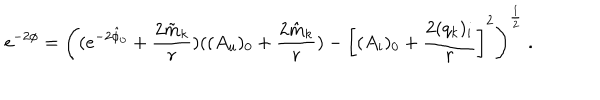
LaTeX: e ^ { - 2 \phi } = \left( ( e ^ { - 2 \hat { \phi } _ { 0 } } + { \frac { 2 \tilde { m } _ { k } } { r } } ) ( ( A _ { u } ) _ { 0 } + { \frac { 2 \hat { m } _ { k } } { r } } ) - \left[ ( A _ { i } ) _ { 0 } + { \frac { 2 ( q _ { k } ) _ { i } } { r } } \right] ^ { 2 } \right) ^ { \frac { 1 } { 2 } } \ .